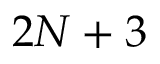
2 N + 3